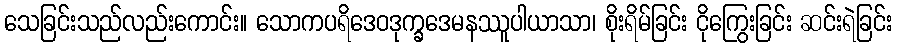
သေခြင်းသည်လည်းကောင်း။ သောကပရိဒေဝဒုက္ခဒေမနဿူပါယာသာ၊ စိုးရိမ်ခြင်း ငိုကြွေးခြင်း ဆင်းရဲခြင်း